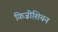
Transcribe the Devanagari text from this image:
फ़िज़ीशियन